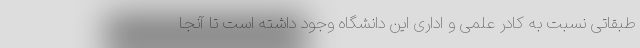
طبقاتی نسبت به کادر علمی و اداری این دانشگاه وجود داشته است تا آنجا